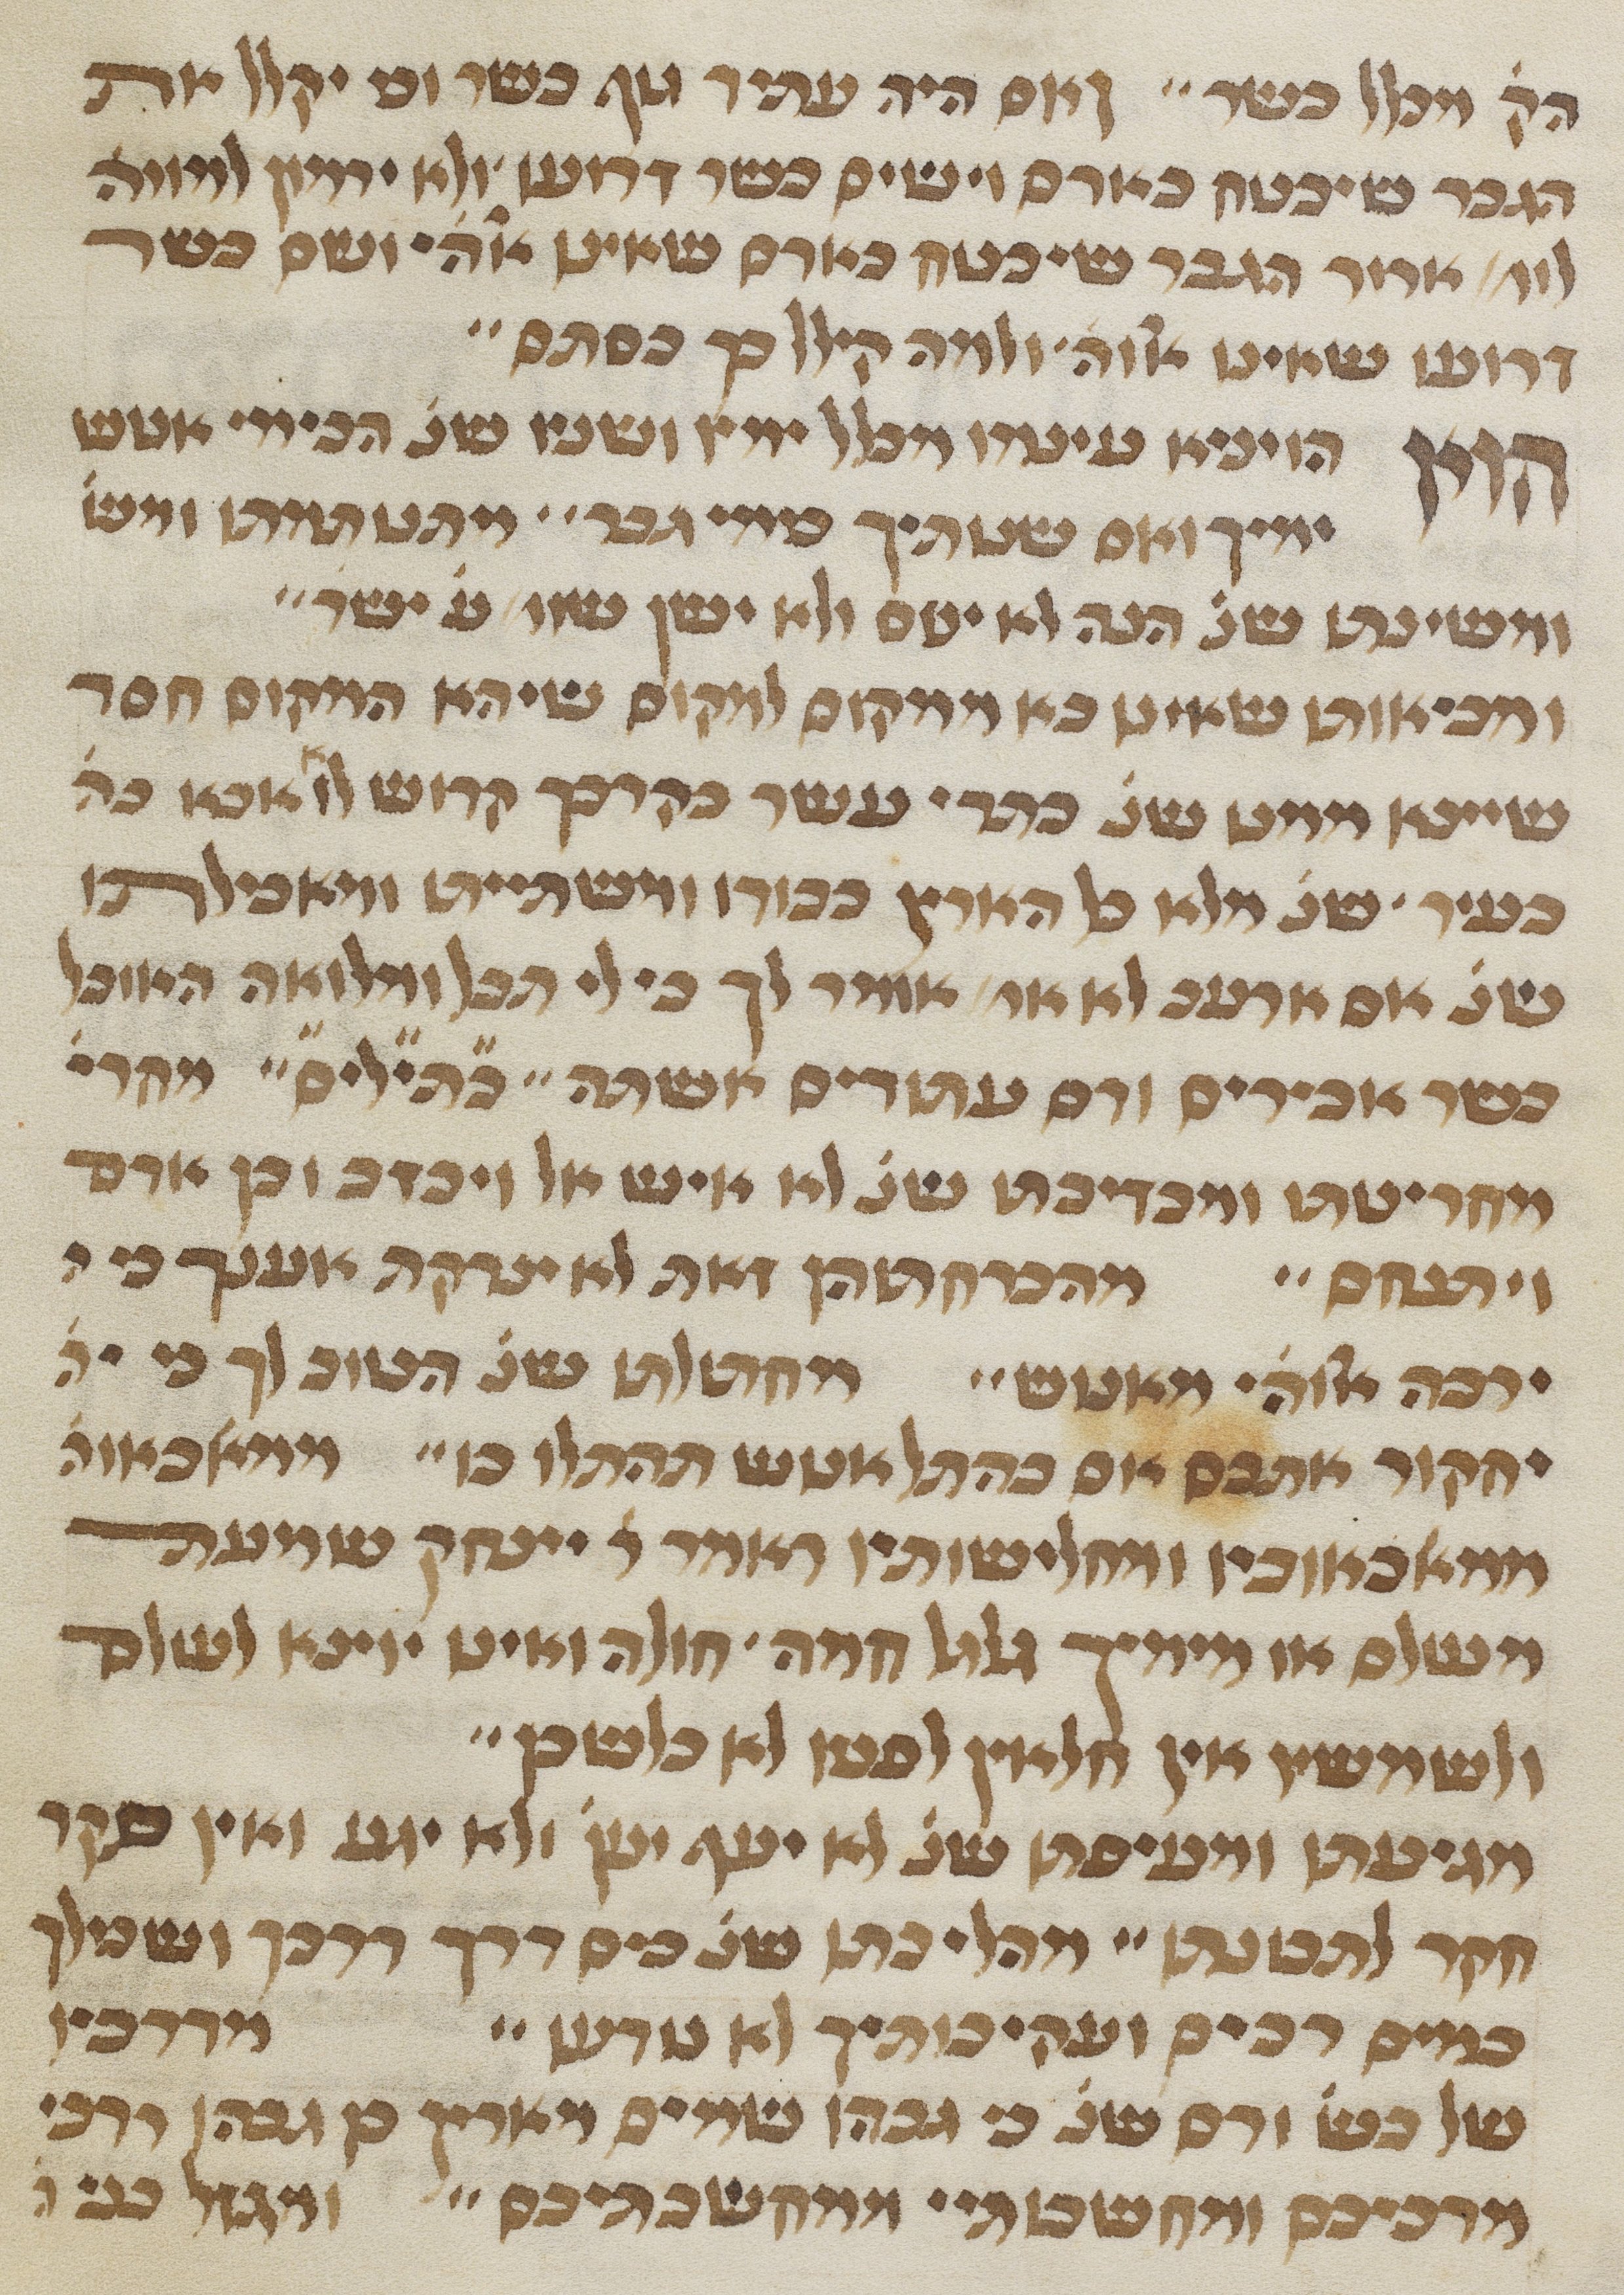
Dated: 1450–1499